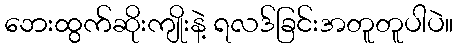
ဘေးထွက်ဆိုးကျိုးနဲ့ ရလဒ်ခြင်းအတူတူပါပဲ။